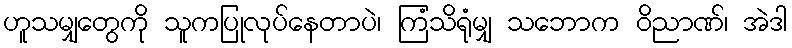
ဟူသမျှတွေကို သူကပြုလုပ်နေတာပဲ၊ ကြံသိရုံမျှ သဘောက ဝိညာဏ်၊ အဲဒါ